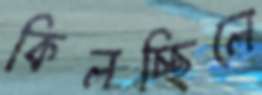
কিলচ্ছিলে